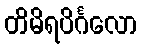
တိမိရပိင်္ဂလော